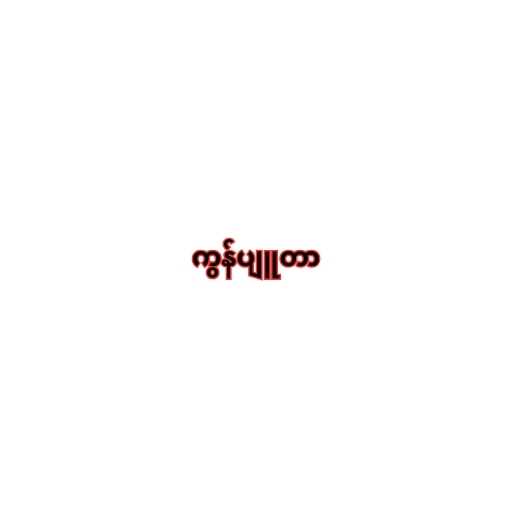
ကွန်ပျူတာ